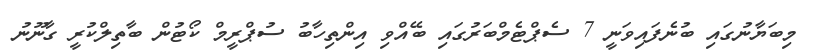
މިބަޔާނުގައި ބުނެފައިވަނީ 7 ސެޕްޓެމްބަރުގައި ބޭއްވި އިންތިހާބު ސުޕްރީމް ކޯޓުން ބާތިލްކުރީ ގާނޫނު